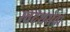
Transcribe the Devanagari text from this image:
स्वदेशसेवा